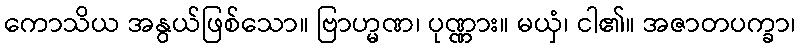
ကောသိယ အနွယ်ဖြစ်သော။ ဗြာဟ္မဏ၊ ပုဏ္ဏား။ မယှံ၊ ငါ၏။ အဇာတပက္ခာ၊